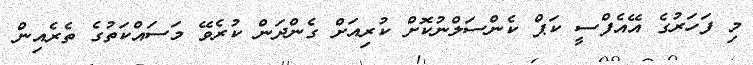
މި ފަހަރުގެ އޭއެފްސީ ކަޕް ކެންސަލްނުކޮށް ކުރިއަށް ގެންދަން ކުރެވޭ މަސައްކަތުގެ ތެރެއިން